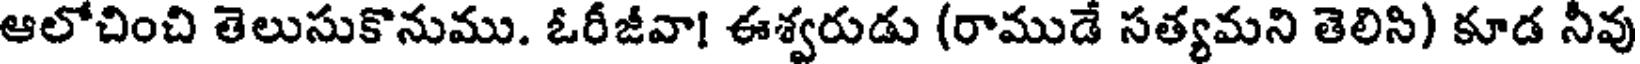
ఆలోచించి తెలుసుకొనుము. ఓరీజీవా! ఈశ్వరుడు (రాముడే సత్యమని తెలిసి) కూడ నీవు